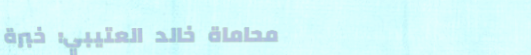
محاماة خالد العتيبي: خبرة